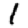
Digit: 1